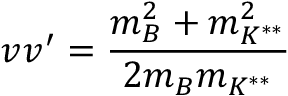
v v ^ { \prime } = \frac { m _ { B } ^ { 2 } + m _ { K ^ { * * } } ^ { 2 } } { 2 m _ { B } m _ { K ^ { * * } } }